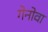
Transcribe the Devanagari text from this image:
गेनोवा